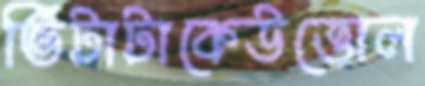
ভিটাটাকেউত্তোল